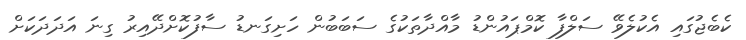
ކެބެޖުގައި އެކުލެވޭ ސަލްފާ ކޮމްޕައުންޑު މާއްދާތަކުގެ ސަބަބުން ހަށިގަނޑު ސާފުކޮށްދޭއިރު ގިނަ އަދަދަކަށް